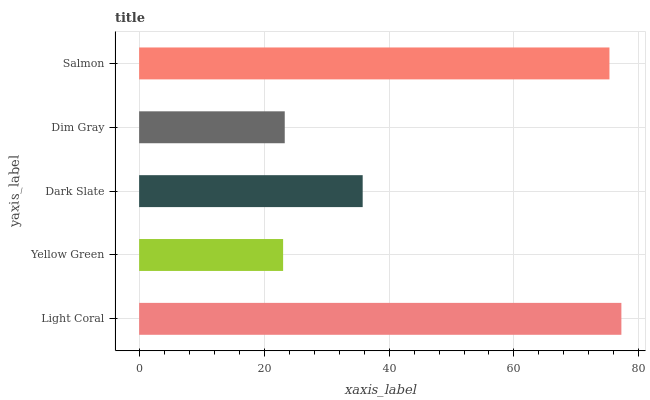
| yaxis_label | bars |
 | --- | --- |
 | Light Coral | 77.2 |
 | Yellow Green | 23 |
 | Dark Slate | 35.8 |
 | Dim Gray | 23.3 |
 | Salmon | 75.3 |